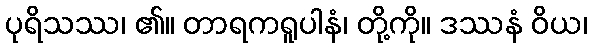
ပုရိသဿ၊ ၏။ တာရကရူပါနံ၊ တို့ကို။ ဒဿနံ ဝိယ၊